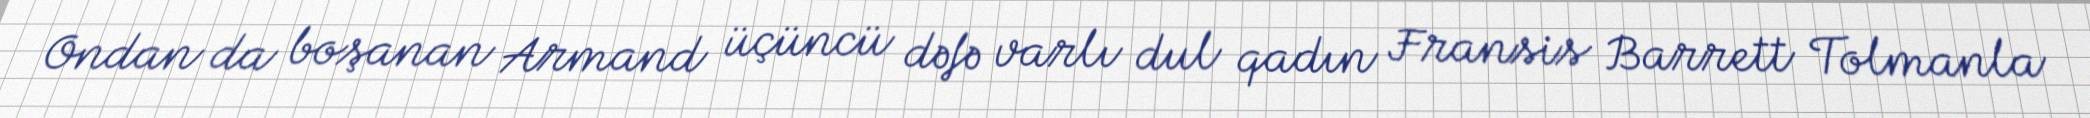
Ondan da boşanan Armand üçüncü dəfə varlı dul qadın Fransis Barrett Tolmanla